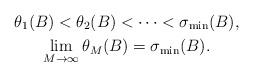
LaTeX: \begin{gather*} \theta _{1} ( B ) < \theta _{2} ( B ) < \cdots < \sigma _{\min} ( B ), \\ \lim_{M \to \infty} \theta _{M} ( B ) = \sigma _{\min} ( B ). \end{gather*}